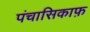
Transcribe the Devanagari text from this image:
पंचासिकाफ़